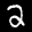
Label: 2